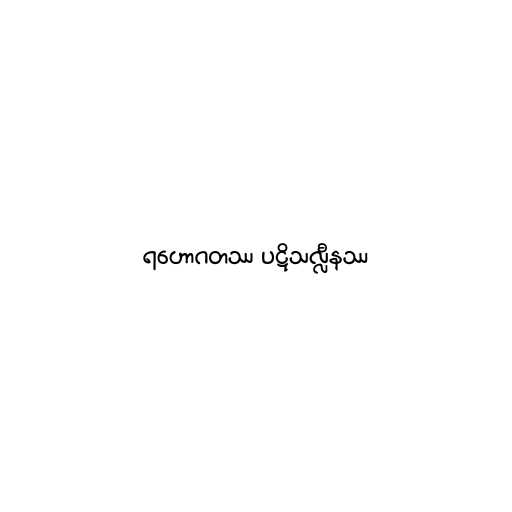
ရဟောဂတဿ ပဋိသလ္လီနဿ